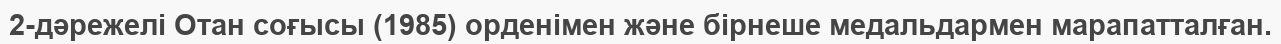
2-дәрежелі Отан соғысы (1985) орденімен және бірнеше медальдармен марапатталған.